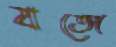
যতো